Annual report on the working of the lock hospitals in the North-Western Provinces and Oudh
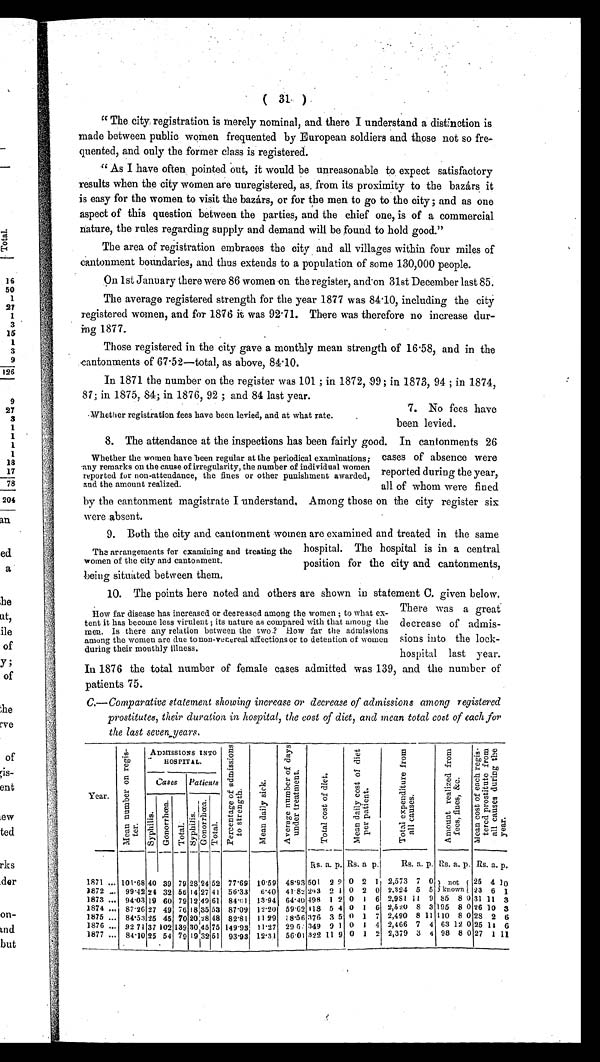
• ( 31 ).
"The city registration is merely nominal, and there I understand a distinction is
made between public women frequented by European soldiers and those not so fre-
quented, and only the former class is registered.
"As I have often pointed out, it would be unreasonable to expect satisfactory
results when the city women are unregistered, as from its proximity to the bazárs it
is easy for the women to visit the bazárs, or for the men to go to the city; and as one
aspect of this question between the parties, and the chief one, is of a commercial
nature, the rules regarding supply and demand will be found to hold good."
The area of registration embraces the city and all villages within four miles of
cantonment boundaries, and thus extends to a population of some 130,000 people.
On 1st January there were 86 women on the register, and on 31st December last 85.
The average registered strength for the year 1877 w as 84·10, including the city
registered women, and for 1876 it was 92·71. There was therefore no increase dur-
ing 1877.
Those registered in the city gave a monthly mean strength of 16·58, and in the
cantonments of 67·52—total, as above, 84·10.
In 1871 the number on the register was 101 ; in 1872, 99; in 1873, 94 ; in 1874,
87 in 1875, 84. in 1876,92; and 84 last year
7. No fees have
been levied.
Whether registration fees have been levied, and at what rate.
8. The attendance at the inspections has been fairly good. In cantonments 26
cases of absence were
reported during the year,
all of whom were fined
by the cantonment magistrate I understand, Among those on the city register six
were absent.
9. Both the city and cantonment women are examined and treated in the same
hospital. The hospital is in a central
position for the city and cantonments,
being situated between them.
10. The points here noted and others are shown in statement C. given below.
There was a great
decrease of admis-
sions into the lock-
hospital last year.
In 1876 the total number of female cases admitted was 139, and the number of
patients 75.
C.—Comparative statement showing increase or decrease of admissions among registered
prostitutes, their duration in hospital, the cost of diet, and mean total cost of each for
the last seven years.
Year.
M e a n n u m b e r o n r e g i s t e r .
ADMISSIONS INTO
HOSPITAL.
P e r c e n t a g e o f a d m i s s i o n s t o s t r e n g t h .
M e a n d a i l y s i c k .
A v e r a g e n u m b e r o f d a y s u n d e r t r e a t m e n t .
T o t a l c o s t o f d i e t .
M e a n d a i l y c o s t o f d i e t p e r p a t i e n t .
T o t a l e x p e n d i t u r e f r o m a l l c a u s e s .
A m o u n t r e a l i z e d f r o m f e e s , f i n e s , & a m p ; c . M e a n c o s t o f e a c h r e g i s t e r e d p r o s t i t u t e f r o m a l l c a u s e s d u r i n g t h e y e a r .
Cases Patients
S y p h i l i s .
Go n o r r h œa .
Tot a l . Syphi l i s.
Go n o r r h œa .
Tot al .
Rs. a. p. Rs. a. p.
Rs. a. p. Rs. a. p. Rs. a. p.
1871 ... 101·68 40 39 79 28 24 52 77·69 10·59 48·93 501 2 2 0 2 1 2,573 7 0 not
known
25 4 10
1 8 7 2
. . . 99·42 24 32 56 14 27 41 56·33 6·40 41·82 293 2 1 0 2 0 2.324 5 5
2 3 6 1
1873 ... 94·03 19 60 79 1 2 4 9 61 84·01 13·94 64·40 498 1 2 0 1 6 2,981 11 9 85 8 0 31
1 1 3
1874 ... 87·26 27 49 76 1 8 3 5 53 87·09 12·20 59·62
4 1 8 5 4 0 1 6 2,520 8 3 195 8 0 26 10 3
1875 ... 84·53 25 45 7o 2 0
28 48 82·81 11·29
3 8 · 5 6
376 3 5 0 1 7 2,490 8 11 110 8 0 28 2 6
1876 ... 92·74 37 102 139 3 0 45 75 149·93 11·27 29·54 349 9 1 0 1 4 2,466 7 4 63 12 0 25 11 6
1877 ... 84·10 25
5 4 79 1 9 32 51 93·93 12·31 56·01 322 11 9 0 1 2 2,379 3 4 98 8 0 27 1 11
Whether the women have been regular at the periodical examinations;
'any remarks on the cause of irregularity, the number of individual women
reported for non-attendance, the fines or other punishment awarded,
and the amount realized.
The arrangements for examining and treating the
women of the city and cantonment.
How far disease has increased or decreased among the women ; to what ex-
tent it has become less virulent ; its nature as compared with that among the
men. Is . there any relation between the two.? flow far the admissions
among the women are due to non-venereal affections or to detention of women
during their monthly illness.